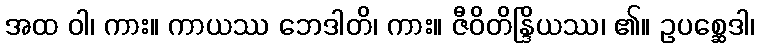
အထ ဝါ၊ ကား။ ကာယဿ ဘေဒါတိ၊ ကား။ ဇီဝိတိန္ဒြိယဿ၊ ၏။ ဥပစ္ဆေဒါ၊